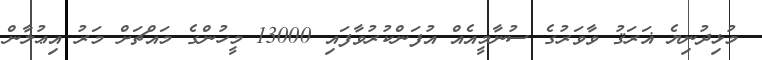
މުޅިދުނިޔެ ޣަރަޤު ވާވަރުގެ ސުނާމީއެއް އުފަންކުރުވާފައި 13000 މީހުންގެ މައްޗަށް މަރު އިޢުލާން